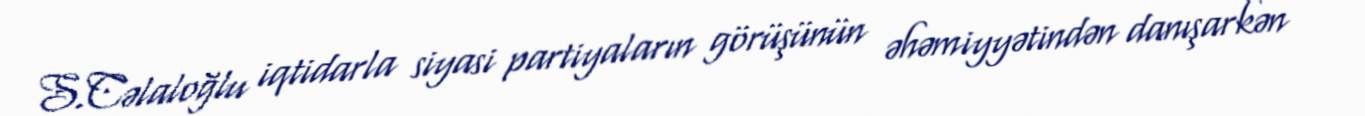
S.Cəlaloğlu iqtidarla siyasi partiyaların görüşünün əhəmiyyətindən danışarkən